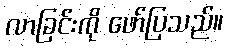
လာခြင်းကို ဖော်ပြသည်။